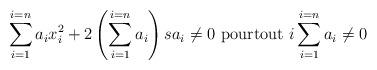
LaTeX: \begin{align*}\sum\limits_{i=1}^{i=n}a_{i}x_{i}^{2}+2\left(\sum\limits_{i=1}^{i=n}a_{i}\right) sa_{i}\neq 0\text{ pourtout }i\sum\limits_{i=1}^{i=n}a_{i}\neq 0 \end{align*}